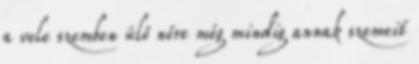
a vele szemben ülő nőre még mindig annak szemeit